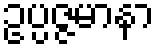
ဥပ္ပဇ္ဇမာနာ